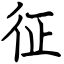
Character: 征